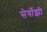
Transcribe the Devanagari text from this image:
सेर्योझी